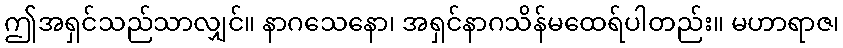
ဤအရှင်သည်သာလျှင်။ နာဂသေနော၊ အရှင်နာဂသိန်မထေရ်ပါတည်း။ မဟာရာဇ၊